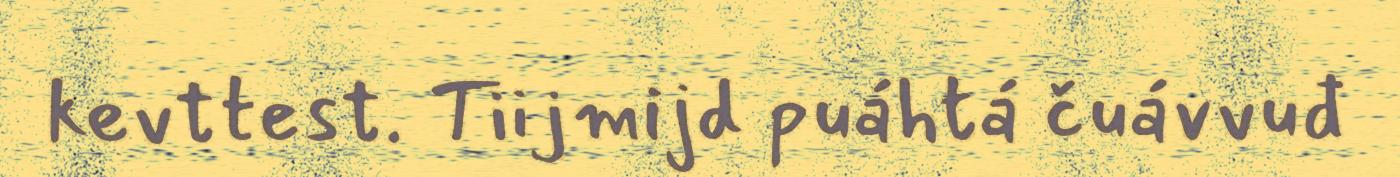
kevttest. Tiijmijd puáhtá čuávvuđ